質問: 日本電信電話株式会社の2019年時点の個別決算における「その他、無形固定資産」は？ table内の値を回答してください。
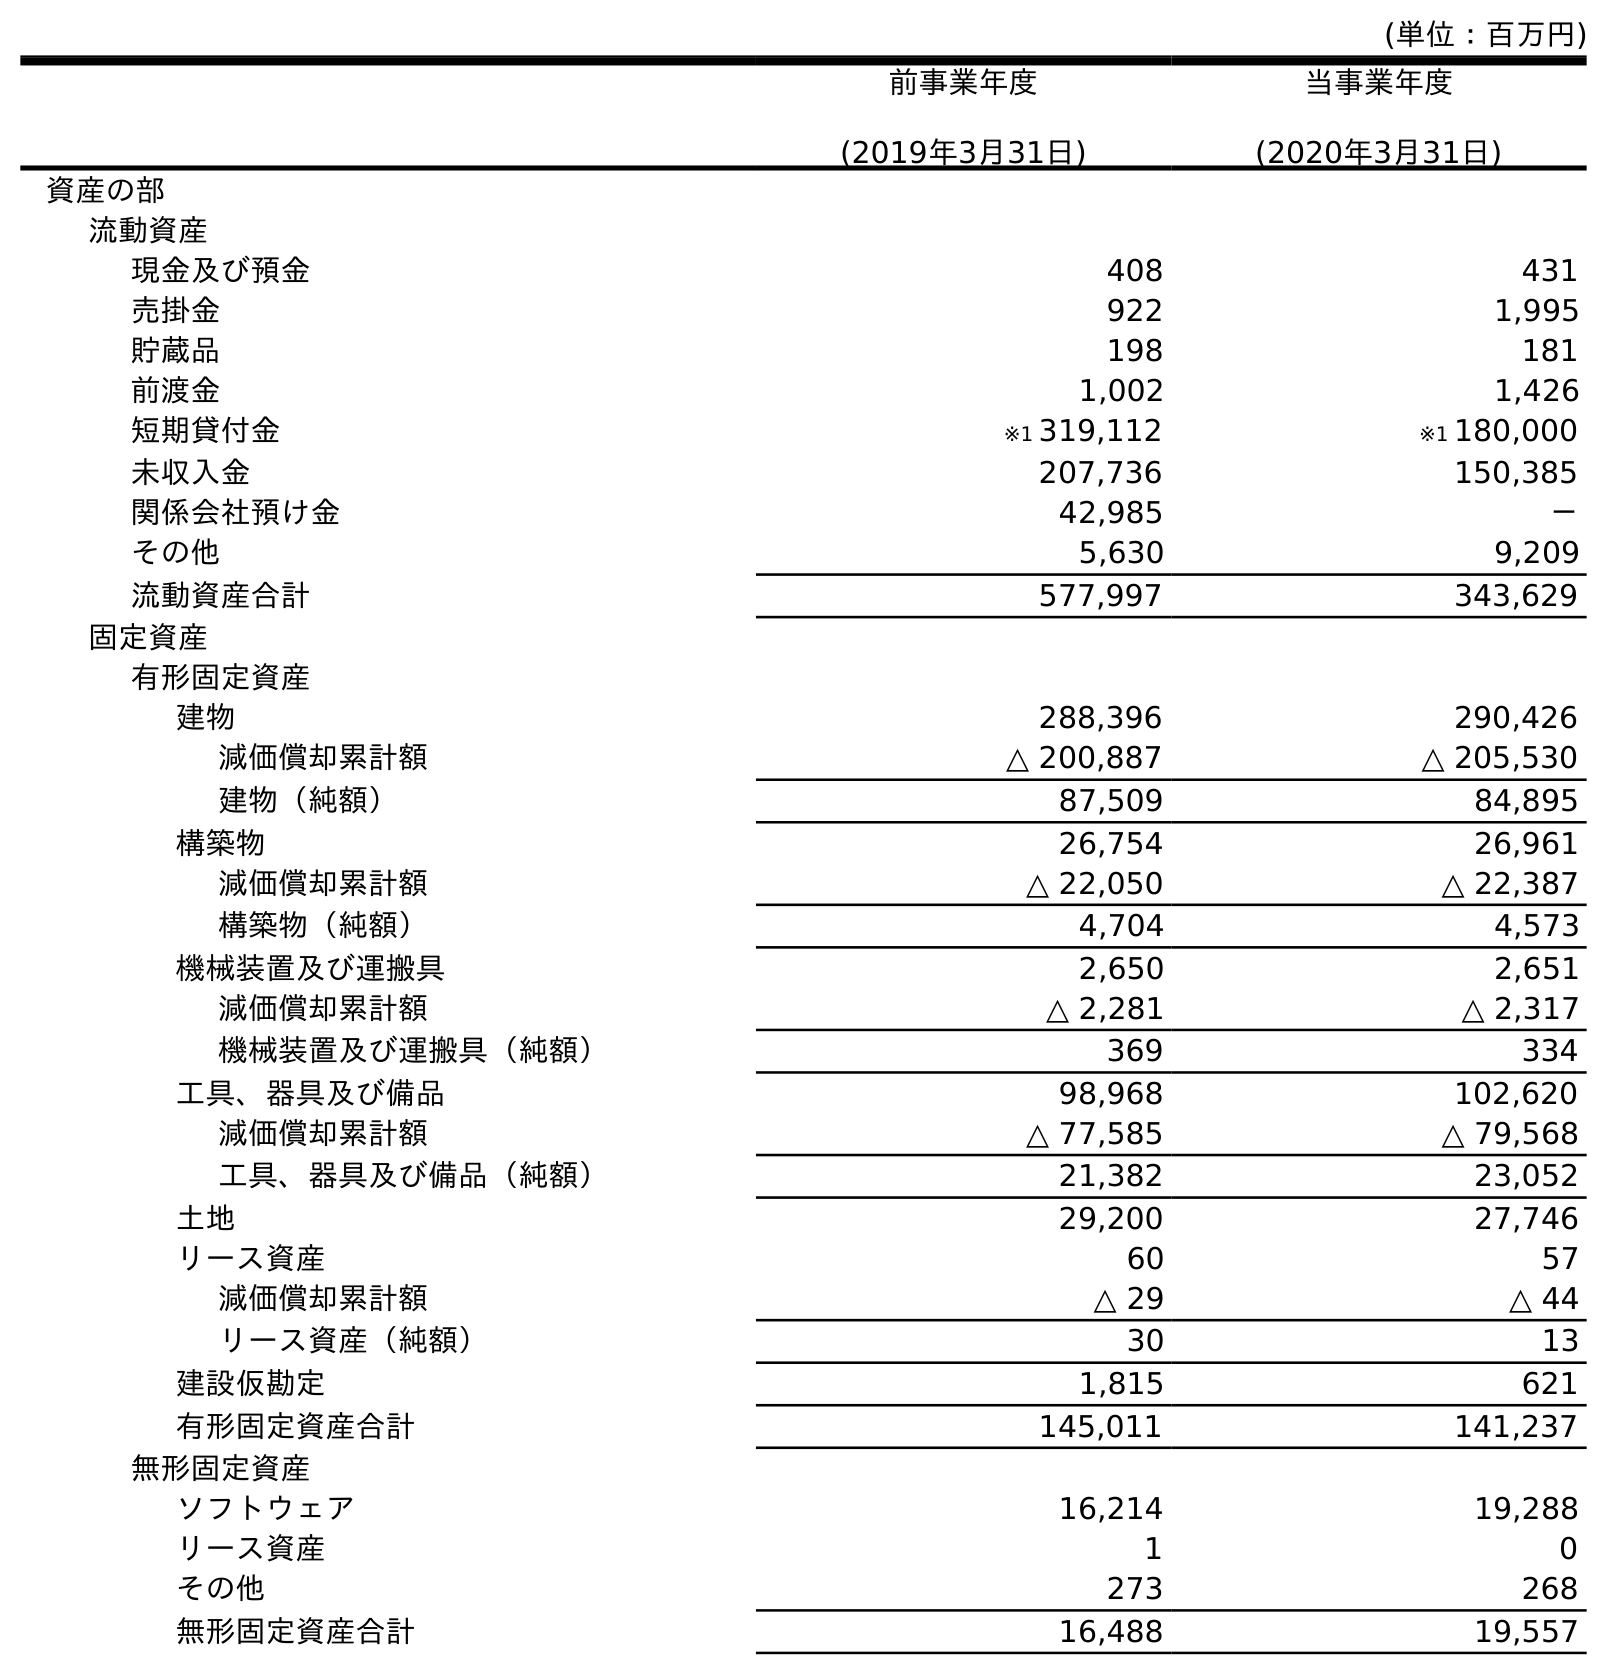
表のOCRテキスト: (単位：百万円) 前事業年度 (2019年3月31日) 当事業年度 (2020年3月31日) 資産の部 流動資産 現金及び預金 408 431 売掛金 922 1,995 貯蔵品 198 181 前渡金 1,002 1,426 短期貸付金 ※1 319,112 ※1 180,000 未収入金 207,736 150,385 関係会社預け金 42,985 － その他 5,630 9,209 流動資産合計 577,997 343,629 固定資産 有形固定資産 建物 288,396 290,426 減価償却累計額 △ 200,887 △ 205,530 建物（純額） 87,509 84,895 構築物 26,754 26,961 減価償却累計額 △ 22,050 △ 22,387 構築物（純額） 4,704 4,573 機械装置及び運搬具 2,650 2,651 減価償却累計額 △ 2,281 △ 2,317 機械装置及び運搬具（純額） 369 334 工具、器具及び備品 98,968 102,620 減価償却累計額 △ 77,585 △ 79,568 工具、器具及び備品（純額） 21,382 23,052 土地 29,200 27,746 リース資産 60 57 減価償却累計額 △ 29 △ 44 リース資産（純額） 30 13 建設仮勘定 1,815 621 有形固定資産合計 145,011 141,237 無形固定資産 ソフトウェア 16,214 19,288 リース資産 1 0 その他 273 268 無形固定資産合計 16,488 19,557
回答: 273